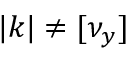
| k | \neq [ \nu _ { y } ]